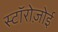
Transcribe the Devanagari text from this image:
स्टॉरोज़ोई